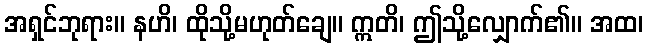
အရှင်ဘုရား။ နဟိ၊ ထိုသို့မဟုတ်ချေ။ ဣတိ၊ ဤသို့လျှောက်၏။ အထ၊